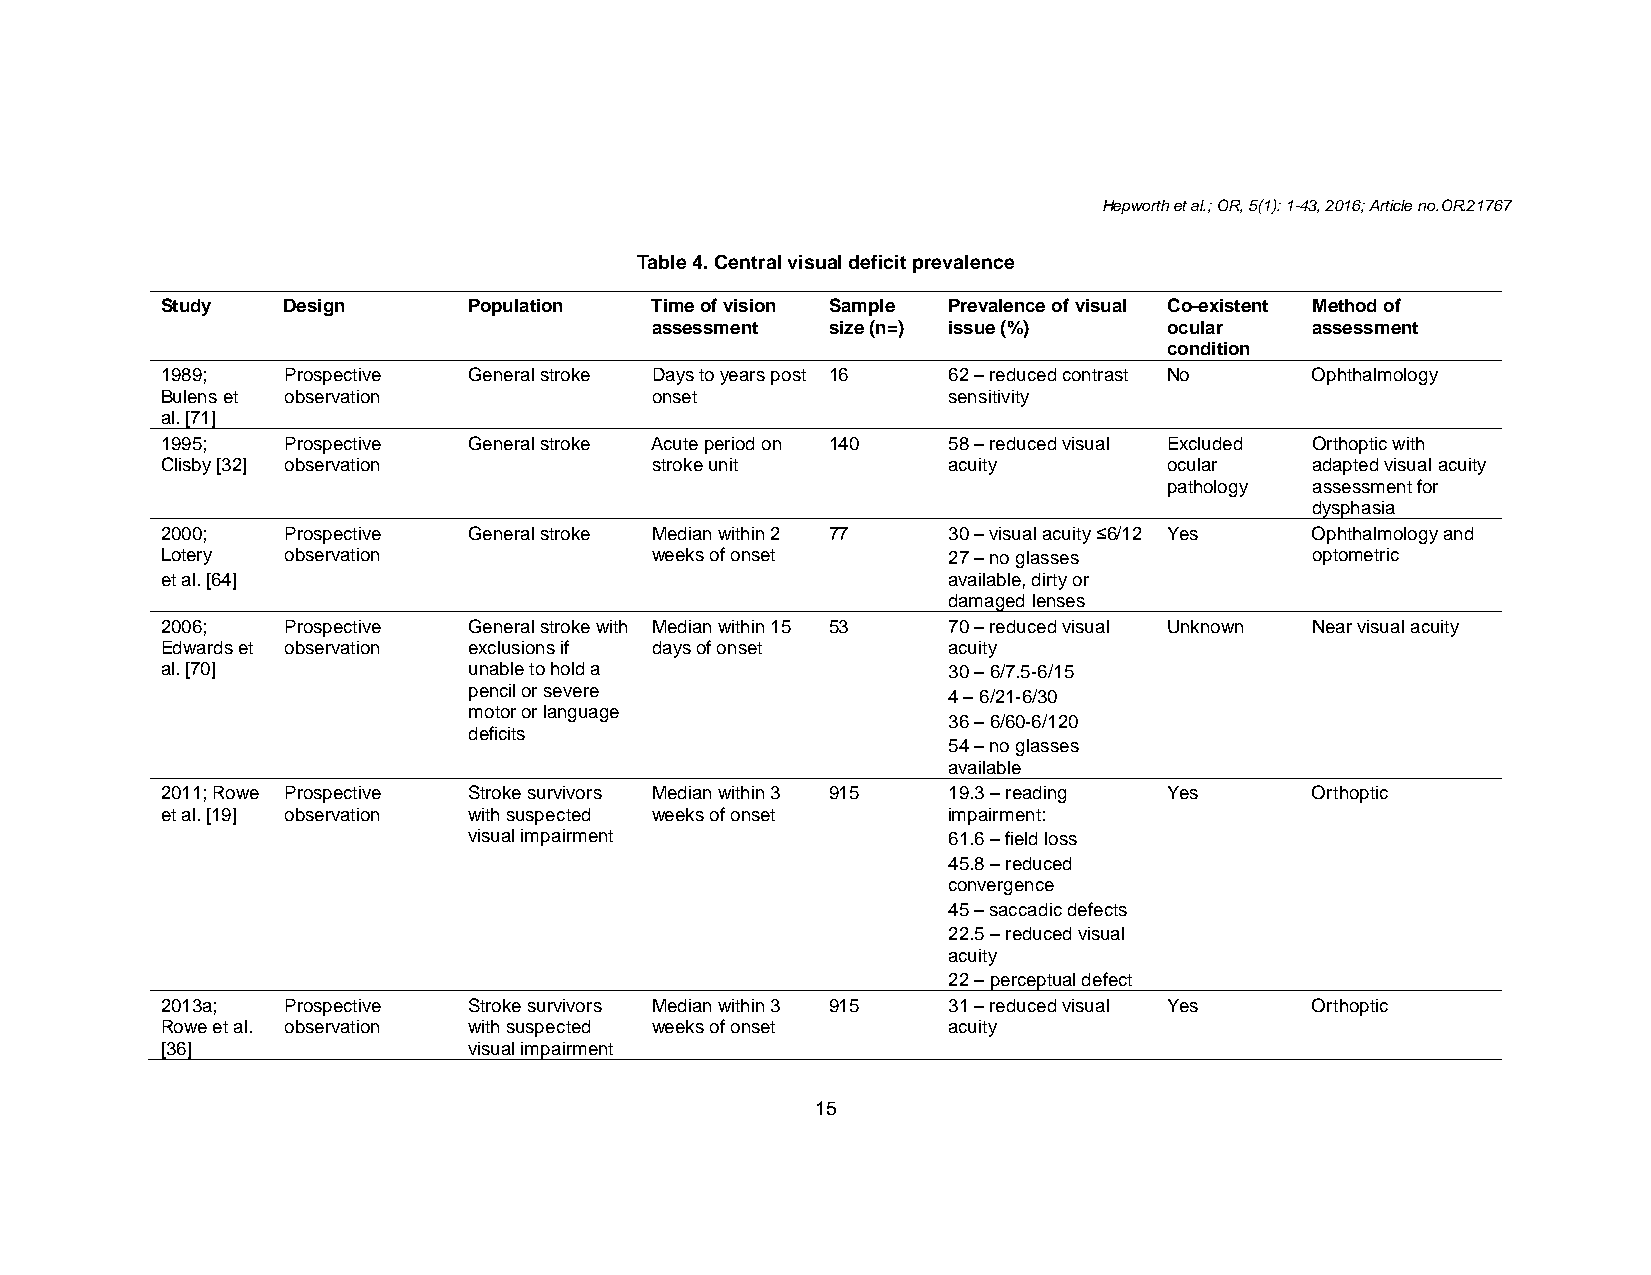
Hepworth et al.; OR, 5(1): 1-43, 2016; Article no.OR.21767
 Table 4. Central visual deficit prevalence
 Study   Design      Population  Time of vision Sample Prevalence of visual Co-existent Method of
 assessment  size (n=) issue (%)   ocular    assessment
 condition
 1989;   Prospective General stroke Days to years post 16 62 – reduced contrast No Ophthalmology
 Bulens et observation           onset               sensitivity
 al. [71]
 1995;   Prospective General stroke Acute period on 140 58 – reduced visual Excluded Orthoptic with
 Clisby [32] observation         stroke unit         acuity        ocular    adapted visual acuity
 pathology assessment for
 dysphasia
 2000;   Prospective General stroke Median within 2 77 30 – visual acuity ≤6/12 Yes Ophthalmology and
 Lotery  observation             weeks of onset      27 – no glasses         optometric
 et al. [64]                                         available, dirty or
 damaged lenses
 2006;   Prospective General stroke with Median within 15 53 70 – reduced visual Unknown Near visual acuity
 Edwards et observation exclusions if days of onset  acuity
 al. [70]            unable to hold a                30 – 6/7.5-6/15
 pencil or severe                4 – 6/21-6/30
 motor or language
 36 – 6/60-6/120
 deficits
 54 – no glasses
 available
 2011; Rowe Prospective Stroke survivors Median within 3 915 19.3 – reading Yes Orthoptic
 et al. [19] observation with suspected weeks of onset impairment:
 visual impairment               61.6 – field loss
 45.8 – reduced
 convergence
 45 – saccadic defects
 22.5 – reduced visual
 acuity
 22 – perceptual defect
 2013a;  Prospective Stroke survivors Median within 3 915 31 – reduced visual Yes Orthoptic
 Rowe et al. observation with suspected weeks of onset acuity
 [36]                visual impairment
 15